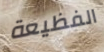
الفظيعة